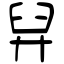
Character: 舁